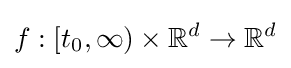
f:[t_{0},\infty )\times \mathbb {R} ^{d}\to \mathbb {R} ^{d}